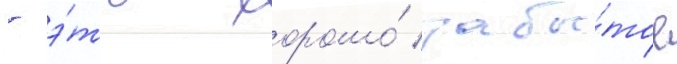
- э́то хорошо́ забы́тое